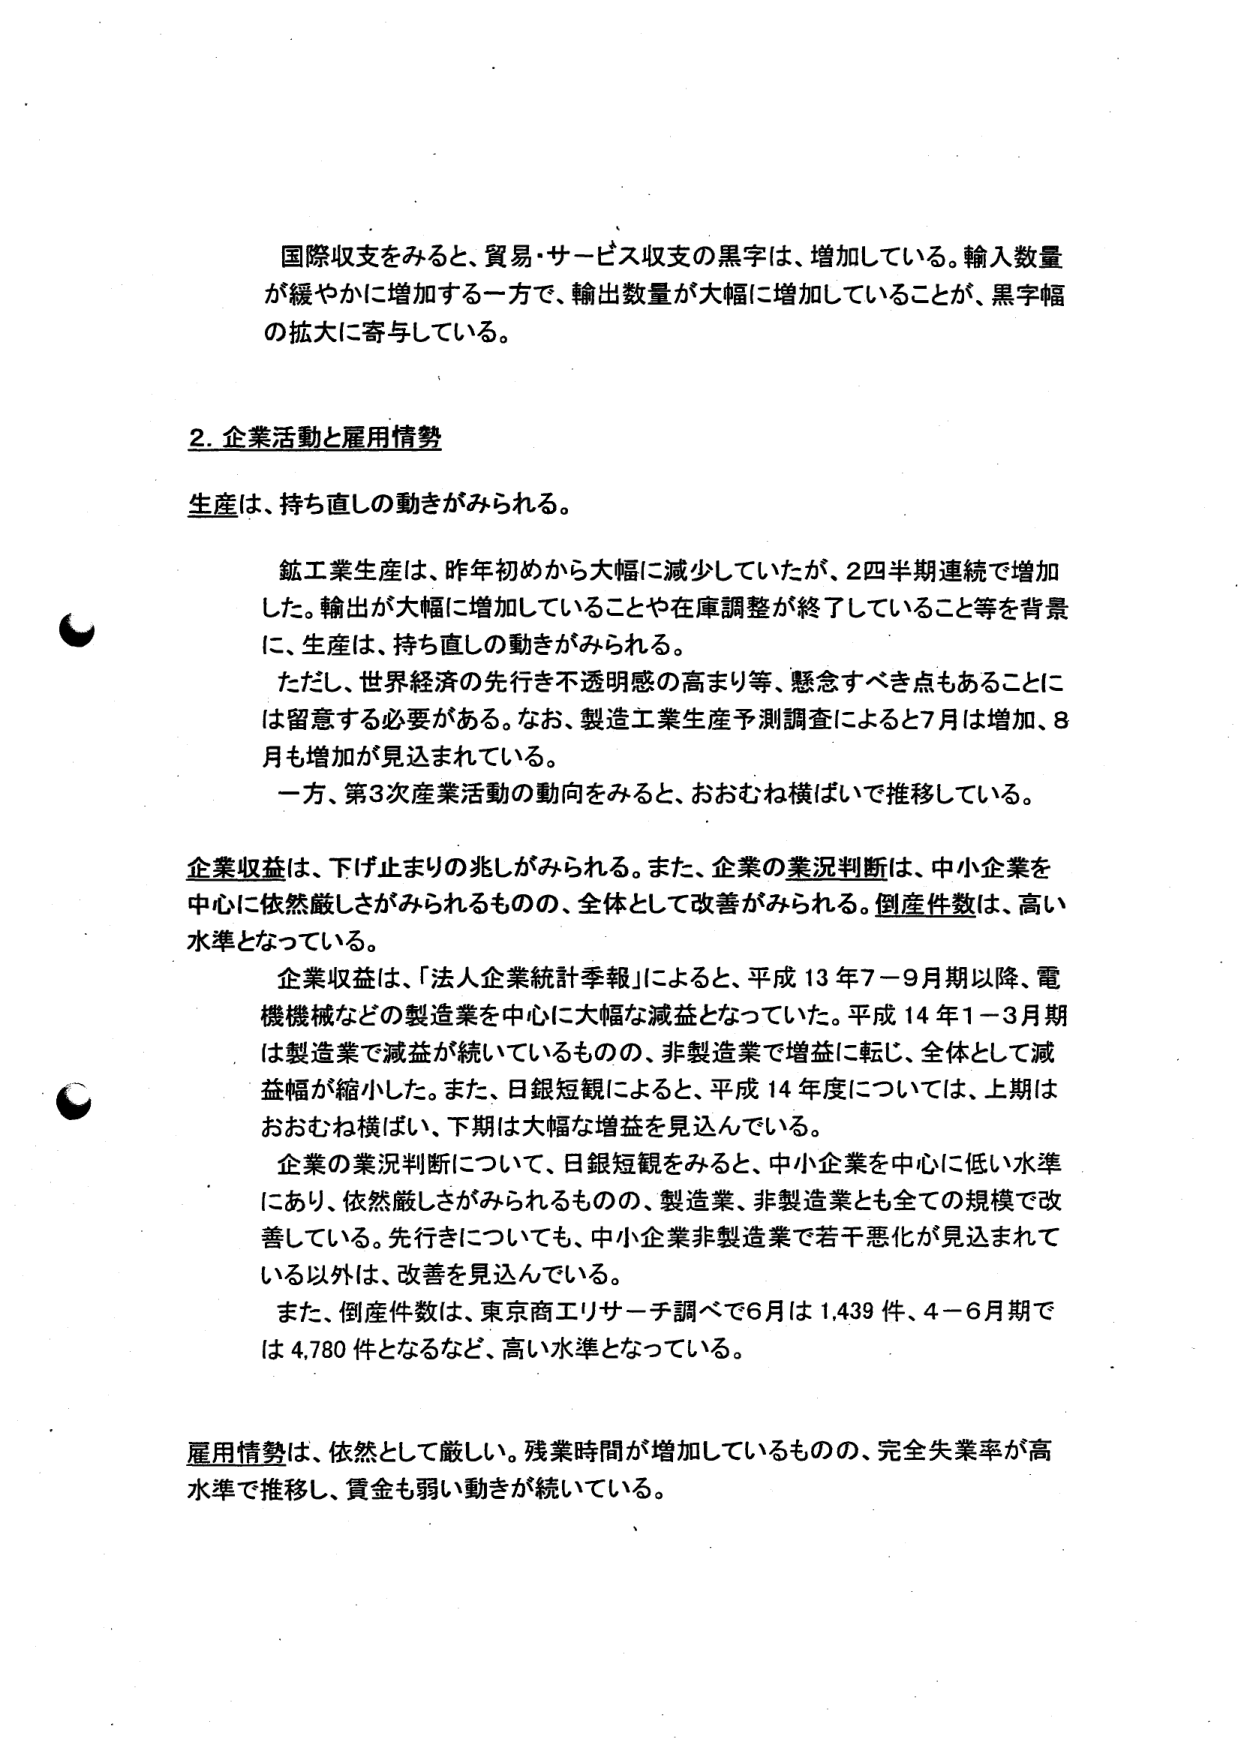
国際収支をみると、貿易・サービス収支の黒字は、増加している。輸入数量が緩やかに増加する一方で、輸出数量が大幅に増加していることが、黒字幅の拡大に寄与している。

2. 企業活動と雇用情勢

生産は、持ち直しの動きがみられる。

鉱工業生産は、昨年初めから大幅に減少していたが、2四半期連続で増加した。輸出が大幅に増加していることや在庫調整が終了していること等を背景に、生産は、持ち直しの動きがみられる。

ただし、世界経済の先行き不透明感の高まり等、懸念すべき点もあることに は留意する必要がある。なお、製造工業生産予測調査によると7月は増加、8月も増加が見込まれている。

一方、第3次産業活動の動向をみると、おおむね横ばいで推移している。

企業収益は、下げ止まりの兆しがみられる。また、企業の業況判断は、中小企業を中心に依然厳しさがみられるものの、全体として改善がみられる。倒産件数は、高い水準となっている。

企業収益は、「法人企業統計季報」によると、平成13年7－9月期以降、電機機械などの製造業を中心に大幅な減益となっていた。平成14年1－3月期は製造業で減益が続いているものの、非製造業で増益に転じ、全体として減益幅が縮小した。また、日銀短観によると、平成14年度については、上期はおおむね横ばい、下期は大幅な増益を見込んでいる。

企業の業況判断について、日銀短観をみると、中小企業を中心に低い水準にあり、依然厳しさがみられるものの、製造業、非製造業とも全ての規模で改善している。先行きについても、中小企業非製造業で若干悪化が見込まれている以外は、改善を見込んでいる。

また、倒産件数は、東京商工リサーチ調べで6月は1,439件、4－6月期では4,780件となるなど、高い水準となっている。

雇用情勢は、依然として厳しい。残業時間が増加しているものの、完全失業率が高水準で推移し、賃金も弱い動きが続いている。